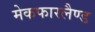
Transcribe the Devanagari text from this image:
मेकफारलैण्ड